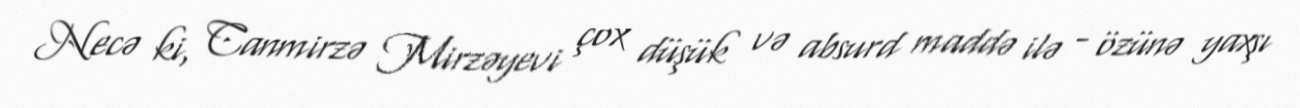
Necə ki, Canmirzə Mirzəyevi çox düşük və absurd maddə ilə - özünə yaxşı